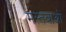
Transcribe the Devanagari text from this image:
मस्तबाओं